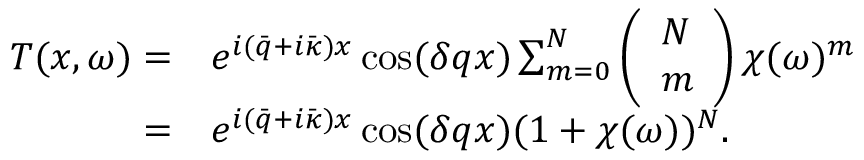
\begin{array} { r l } { T ( x , \omega ) = } & { e ^ { i ( \bar { q } + i \bar { \kappa } ) x } \cos ( \delta q x ) \sum _ { m = 0 } ^ { N } \left( \begin{array} { l } { N } \\ { m } \end{array} \right) \chi ( \omega ) ^ { m } } \\ { = } & { e ^ { i ( \bar { q } + i \bar { \kappa } ) x } \cos ( \delta q x ) ( 1 + \chi ( \omega ) ) ^ { N } . } \end{array}